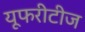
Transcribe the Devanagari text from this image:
यूफरीटीज